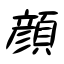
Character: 顔